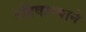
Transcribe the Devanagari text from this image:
रहिवाश्याने